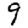
Digit: 9